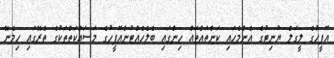
އޮފީހުގެ ލީގަލް ޔުނިޓުގެ އެންމެހައި ކަންތައްތައް ހިންގައި ބެލެހެއްޓުންއޮފީހުގެ މަސައްކަތްތަކުގެ ތެރޭގައި ހިމެނޭ